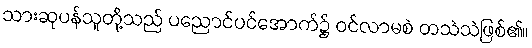
သားဆုပန်သူတို့သည် ပညောင်ပင်အောက်၌ ဝင်လာမစဲ တသဲသဲဖြစ်၏။